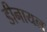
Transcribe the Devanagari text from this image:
डीनायल